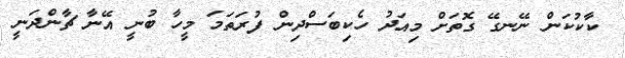
ކާކުކަން ނޭނގޭ ގޮތަށް މިއަދު ހެކިބަސްދިން ފުރަތަމަ މީހާ ބުނީ އޭނާ ޗާންދަނީ